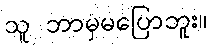
သူ ဘာမှမပြောဘူး။